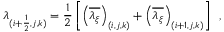
\lambda _ { ( i + \frac { 1 } { 2 } , j , k ) } = \frac { 1 } { 2 } \left[ \left( \overline { { \lambda _ { \xi } } } \right) _ { ( i , j , k ) } + \left( \overline { { \lambda _ { \xi } } } \right) _ { ( i + 1 , j , k ) } \right] \, \mathrm { ~ , ~ }